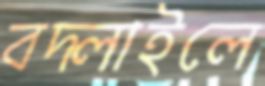
বদ্‌লাইলে